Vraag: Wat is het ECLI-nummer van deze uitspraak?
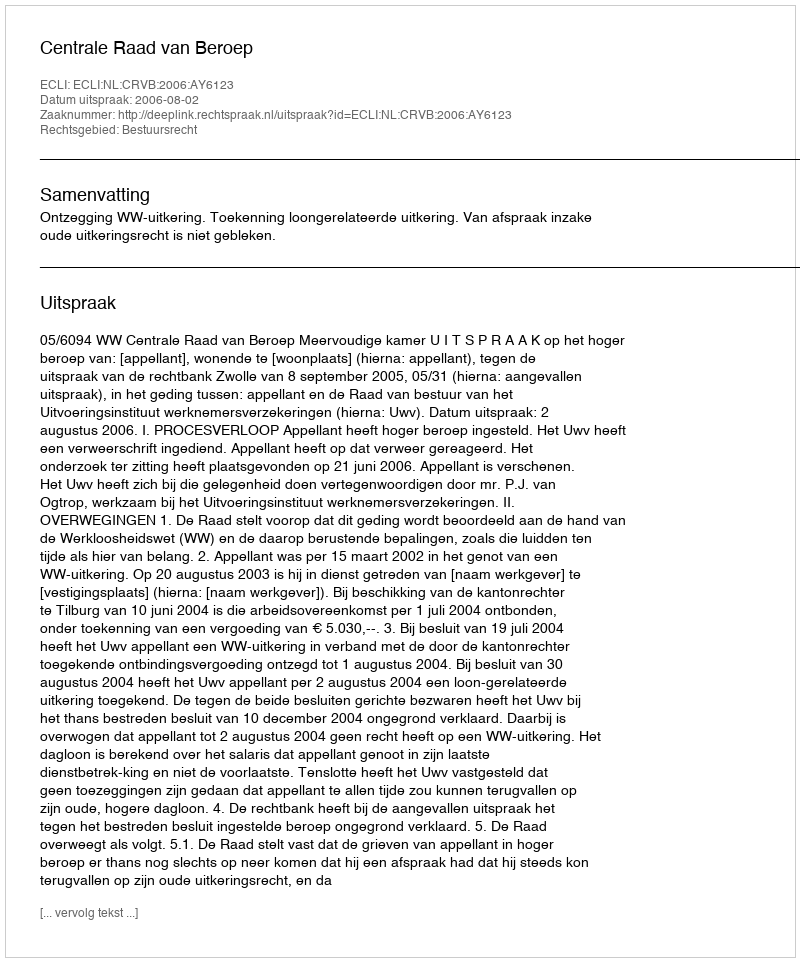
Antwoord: ECLI:NL:CRVB:2006:AY6123